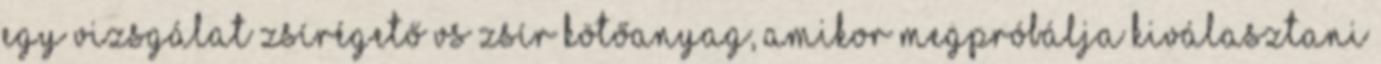
egy vizsgálat zsírégető vs zsír kötőanyag, amikor megpróbálja kiválasztani